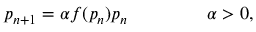
p _ { n + 1 } = \alpha f ( p _ { n } ) p _ { n } ~ ~ ~ ~ ~ ~ ~ ~ ~ ~ ~ ~ ~ \alpha > 0 ,